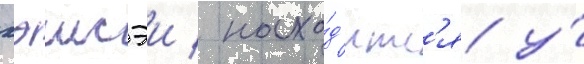
хэисэи / нахо́д'итс'я у́